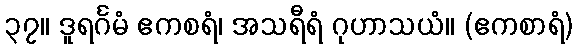
၃၇။ ဒူရင်္ဂမံ ဧကစရံ၊ အသရီရံ ဂုဟာသယံ။ (ဧကစာရံ)